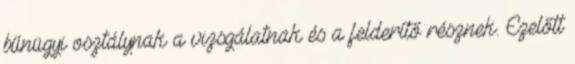
bűnügyi osztálynak a vizsgálatnak és a felderítő résznek. Ezelőtt